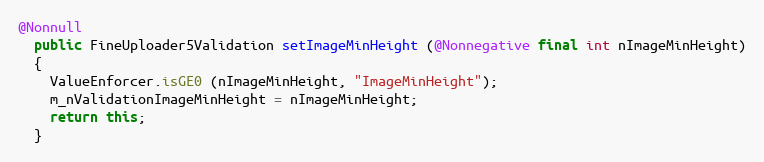
Language: Java
@Nonnull
  public FineUploader5Validation setImageMinHeight (@Nonnegative final int nImageMinHeight)
  {
    ValueEnforcer.isGE0 (nImageMinHeight, "ImageMinHeight");
    m_nValidationImageMinHeight = nImageMinHeight;
    return this;
  }